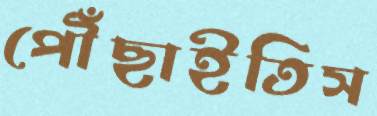
পৌঁছাইতিস